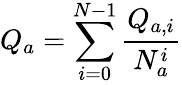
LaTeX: Q_{a}=\sum_{i=0}^{N-1}\frac{Q_{a,i}}{N_{a}^{i}}